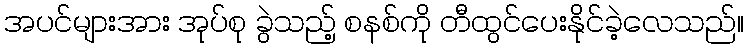
အပင်များအား အုပ်စု ခွဲသည့် စနစ်ကို တီထွင်ပေးနိုင်ခဲ့လေသည်။